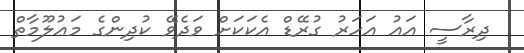
ދިރާސީ އައު އަހަރު ގުރޭޑް އެކަކަށް ވަދެވޭ ކުދިންގެ މަޢުލޫމާތް